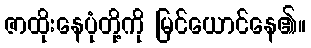
ဇာထိုးနေပုံတို့ကို မြင်ယောင်နေ၏။